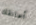
أعانقك